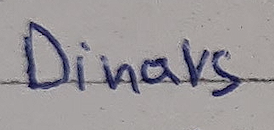
Dinars